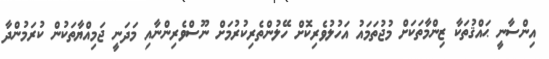
އިންސާނީ ޙައްޤުތަކާ ޒިންމާތަކަށް މުޖުތަމައު އަހުލުވެރިކޮށް ހޭލުންތެރިކުރުމަށް ނޫސްވެރިންނާއި މަދަނީ ޖަމިއްޔާތަކުން ކުރަމުންދާ